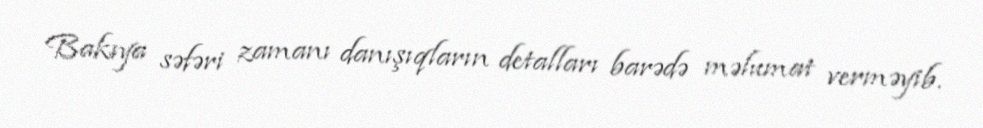
Bakıya səfəri zamanı danışıqların detalları barədə məlumat verməyib.